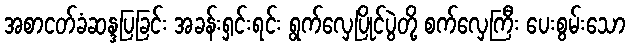
အစာငတ်ခံဆန္ဒပြခြင်း အခန်းရှင်းရင်း ရွက်လှေပြိုင်ပွဲတို့ စက်လှေကြီး ပေးစွမ်းသော